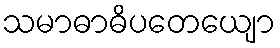
သမာဓာဓိပတေယျော